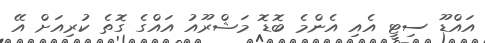
އައްޑޫ ސިޓީ އެއި އެންމެ ބޮޑޮ މަޝްރޫއު އައްގެ ގޮތެ ކުރިއަށް އޭ